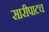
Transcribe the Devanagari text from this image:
सारीपाटच